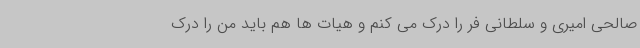
صالحی امیری و سلطانی فر را درک می کنم و هیات ها هم باید من را درک